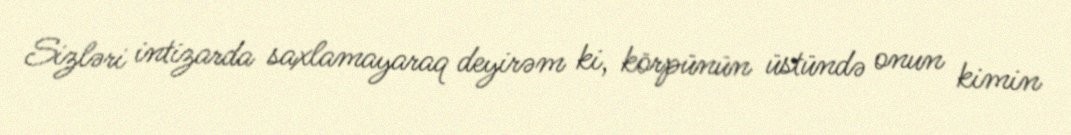
Sizləri intizarda saxlamayaraq deyirəm ki, körpünün üstündə onun kimin